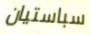
سباستيان